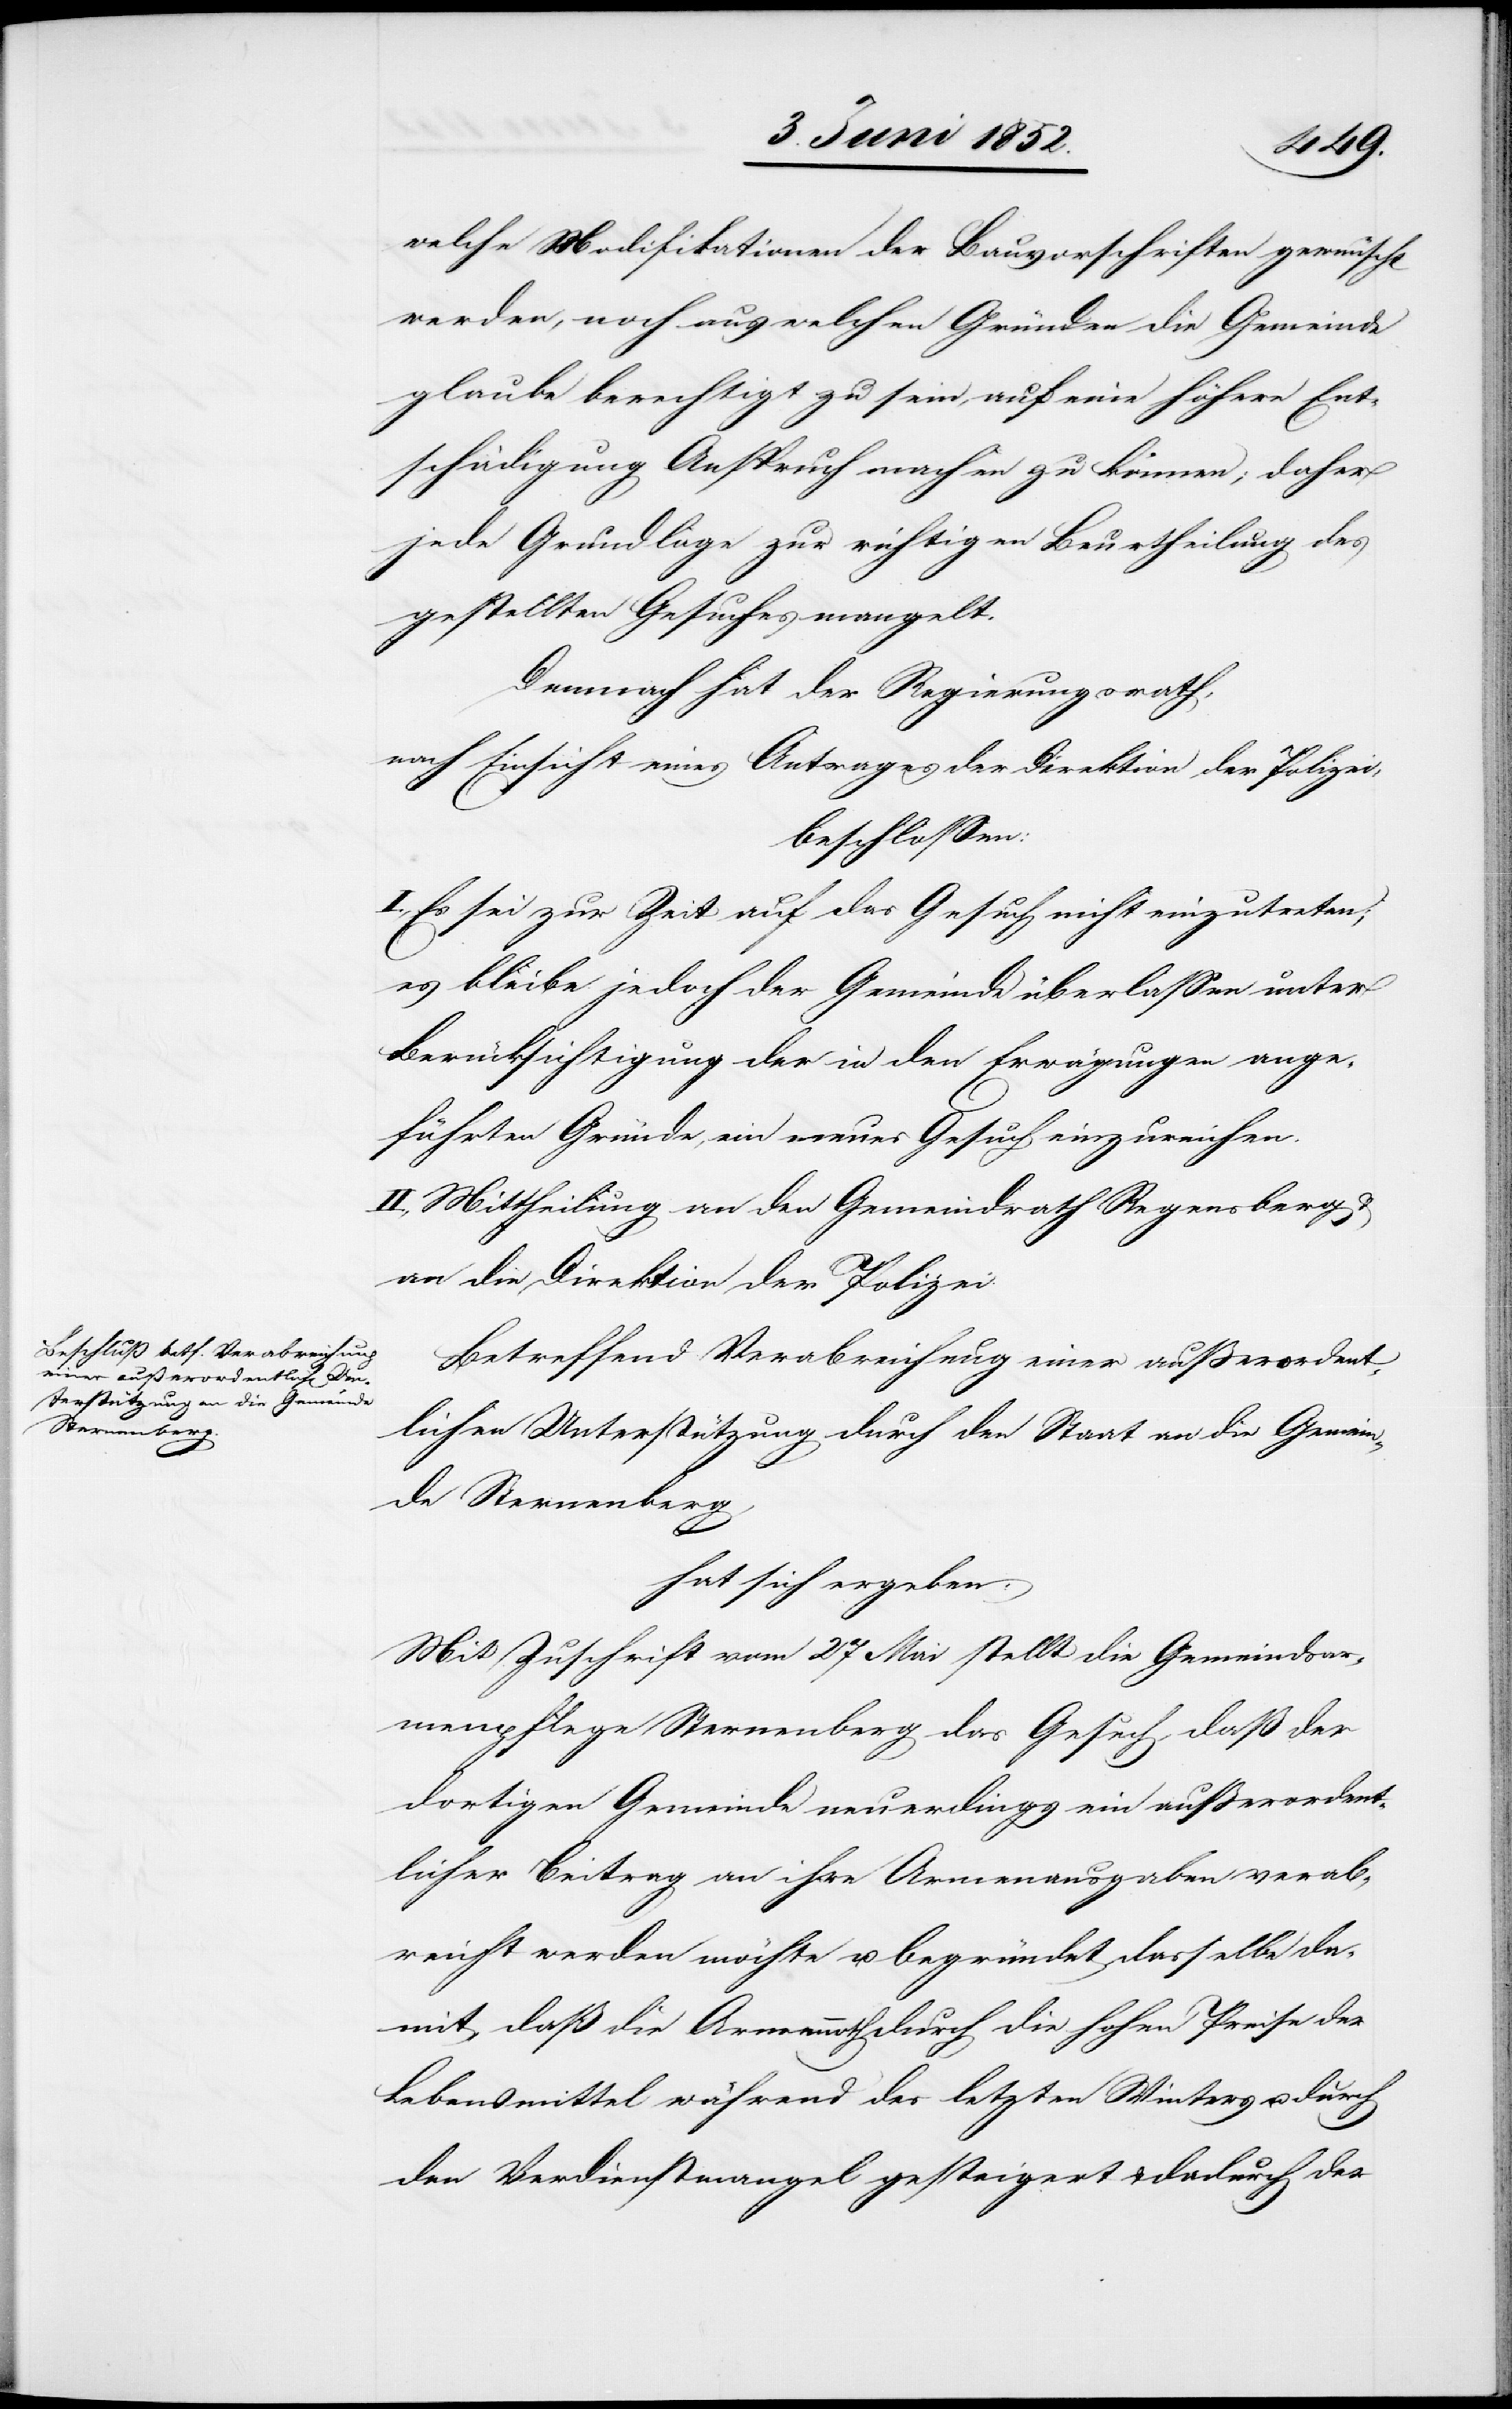
welche Modifikationen der Bauvorschriften gewünscht
werden, noch aus welchen Gründen die Gemeinde
glaube berechtigt zu sein, auf eine höhere Ent¬
schädigung Anspruch machen zu können; daher
jede Grundlage zur richtigen Beurtheilung des
gestellten Gesuches mangelt.
Demnach hat der Regierungsrath,
nach Einsicht eines Antrages der Direktion der Polizei,
beschlossen:
I., Es sei zur Zeit auf das Gesuch nicht einzutreten;
es bleibe jedoch der Gemeinde überlassen unter
Berücksichtigung der in den Erwägungen ange¬
führten Gründe, ein neues Gesuch einzureichen.
II., Mittheilung an den Gemeindrath Regensberg &
an die Direktion der Polizei.
Betreffend Verabreichung einer ausserordent¬
lichen Unterstützung durch den Staat an die Gemein¬
de Sternenberg,
hat sich ergeben:
Mit Zuschrift vom 27 Mai stellt die Gemeindsar¬
menpflege Sternenberg das Gesuch, daß der
dortigen Gemeinde neuerdings ein ausserordent¬
licher Beitrag an ihre Armenausgaben verab¬
reicht werden möchte u. begründet dasselbe da¬
mit, daß die Armennoth durch die hohen Preise der
Lebensmittel während des letzten Winters u. durch
den Verdienstmangel gesteigert & dadurch der